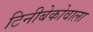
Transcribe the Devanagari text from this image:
टिनीबेकोवाला